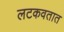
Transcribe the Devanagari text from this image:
लटकवतात